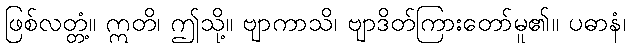
ဖြစ်လတ္တံ့။ ဣတိ၊ ဤသို့။ ဗျာကာသိ၊ ဗျာဒိတ်ကြားတော်မူ၏။ ပဓာနံ၊